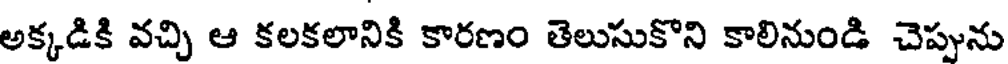
అక్కడికి వచ్చి ఆ కలకలానికి కారణం తెలుసుకొని కాలినుండి చెప్పును